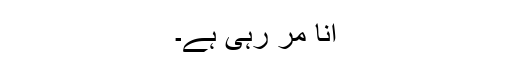
انا مر رہی ہے۔